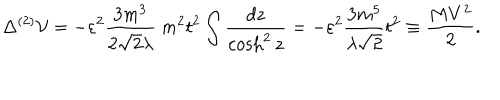
\Delta ^ { ( 2 ) } { \cal V } = - \varepsilon ^ { 2 } \frac { 3 m ^ { 3 } } { 2 { \sqrt { 2 } } \lambda } ~ m ^ { 2 } t ^ { 2 } \int \frac { d z } { \cosh ^ { 2 } z } = - \varepsilon ^ { 2 } \frac { 3 m ^ { 5 } } { \lambda { \sqrt 2 } } t ^ { 2 } \equiv \frac { M V ^ { 2 } } { 2 } .